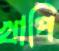
খাপি